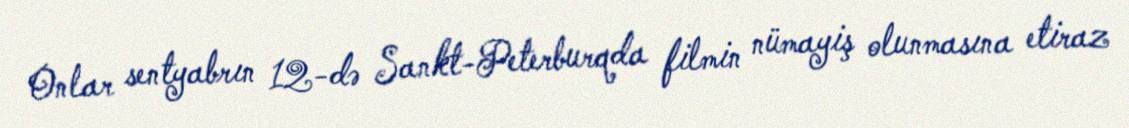
Onlar sentyabrın 12-də Sankt-Peterburqda filmin nümayiş olunmasına etiraz